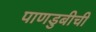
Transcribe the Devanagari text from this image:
पाणडुबीची